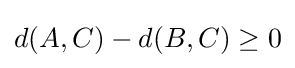
d(A,C)-d(B,C)\geq 0